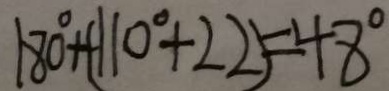
1 8 0 ^ { \circ } + ( 1 1 0 ^ { \circ } + 2 2 ) = 4 8 ^ { \circ }